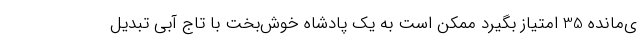
ی‌مانده 35 امتیاز بگیرد ممکن است به یک پادشاه خوش‌بخت با تاج آبی تبدیل